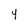
Character: 4